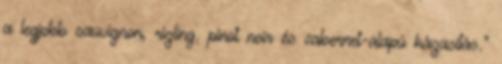
a legjobb sauvignon, rizling, pinot noir és cabernet-alapú házasítás."